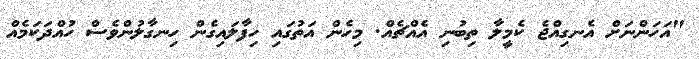
"އަހަންނަށް އެނގިއްޖެ ކެމީލާ ތިބުނި އެއްޗެއް. މިހެން އަތުގައި ހިފާލައިގެން ހިނގާލުންވެސް ހުއްދަކަމެއް